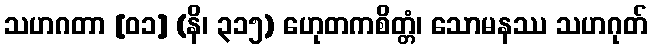
သဟဂတာ [၀၁] (နိ၊ ၃၁၅) ဟေုတကစိတ္တံ၊ သောမနဿ သဟဂုတ်